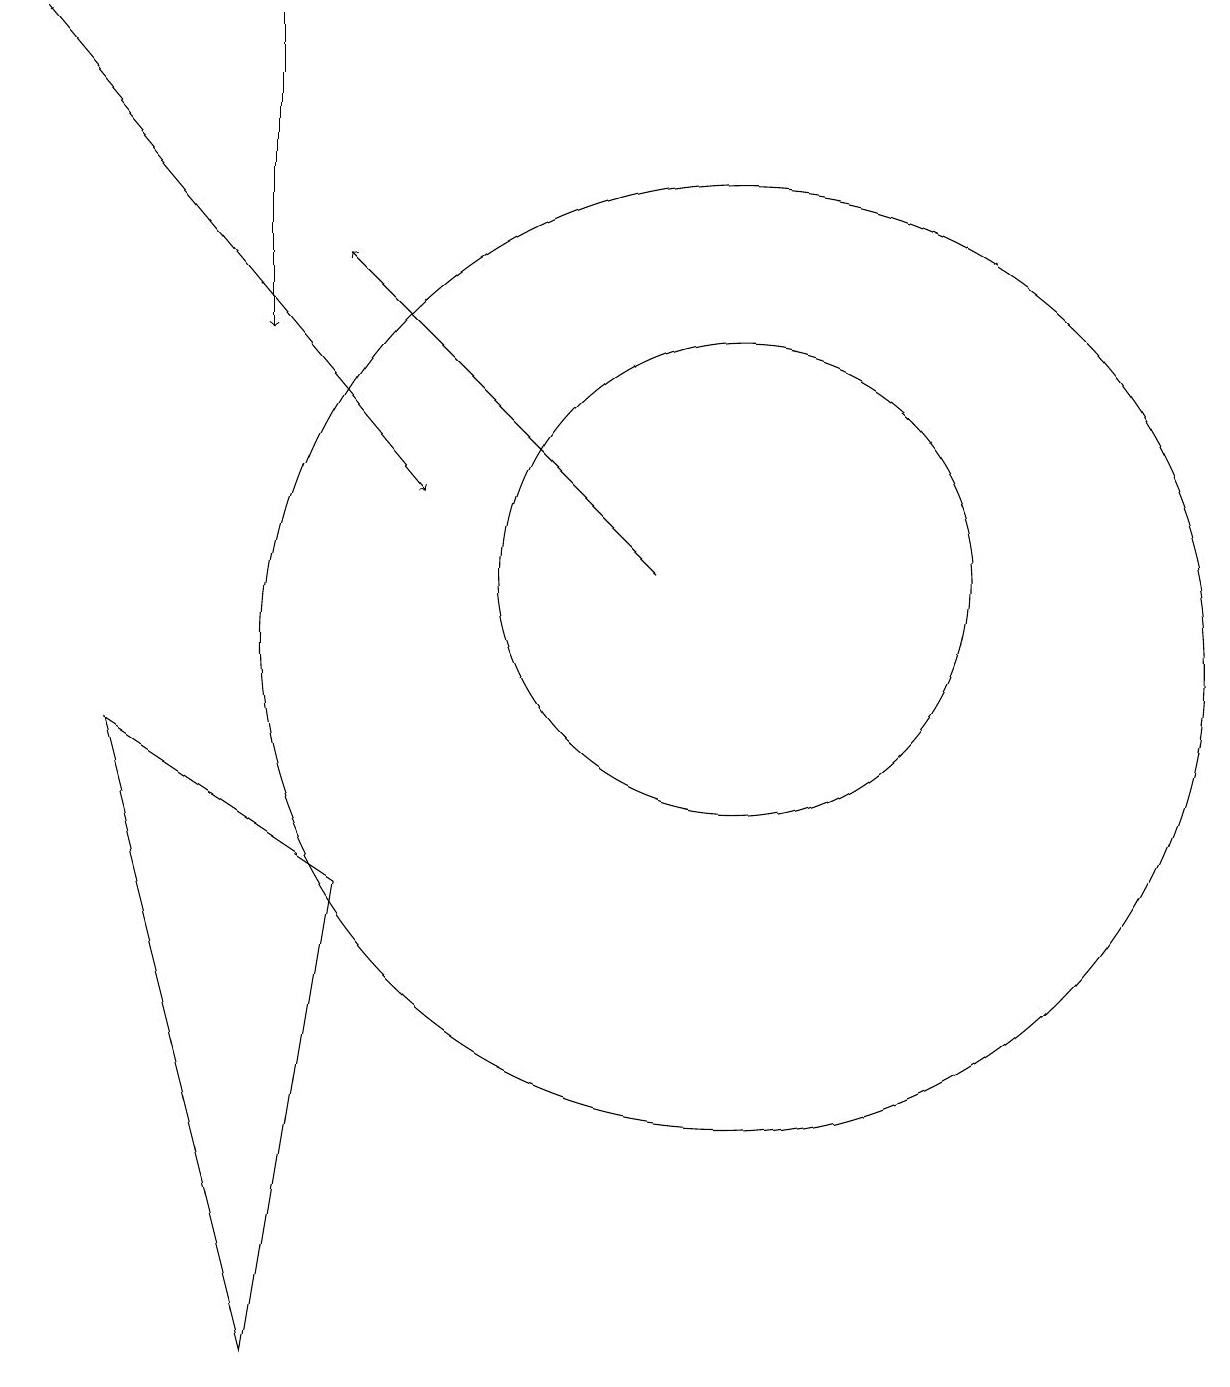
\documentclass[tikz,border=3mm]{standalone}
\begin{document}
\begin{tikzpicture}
\draw (5,7) -- (2,9) -- (4,1) -- cycle;
\draw (10,11) circle (3);
\draw[->] (4,18) -- (4,14);
\draw (10,10) circle (6);
\draw[->] (1,18) -- (6,12);
\draw[->] (9,11) -- (5,15);
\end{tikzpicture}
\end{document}